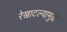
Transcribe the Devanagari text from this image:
रेखाटल्यामुळे